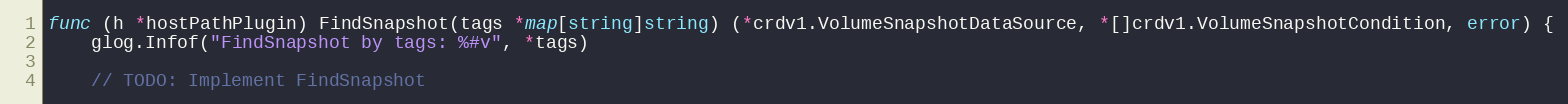
Language: Go
func (h *hostPathPlugin) FindSnapshot(tags *map[string]string) (*crdv1.VolumeSnapshotDataSource, *[]crdv1.VolumeSnapshotCondition, error) {
	glog.Infof("FindSnapshot by tags: %#v", *tags)

	// TODO: Implement FindSnapshot